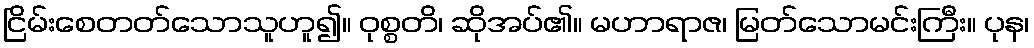
ငြိမ်းစေတတ်သောသူဟူ၍။ ဝုစ္စတိ၊ ဆိုအပ်၏။ မဟာရာဇ၊ မြတ်သောမင်းကြီး။ ပုန၊